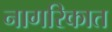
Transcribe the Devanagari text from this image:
नागरिकात